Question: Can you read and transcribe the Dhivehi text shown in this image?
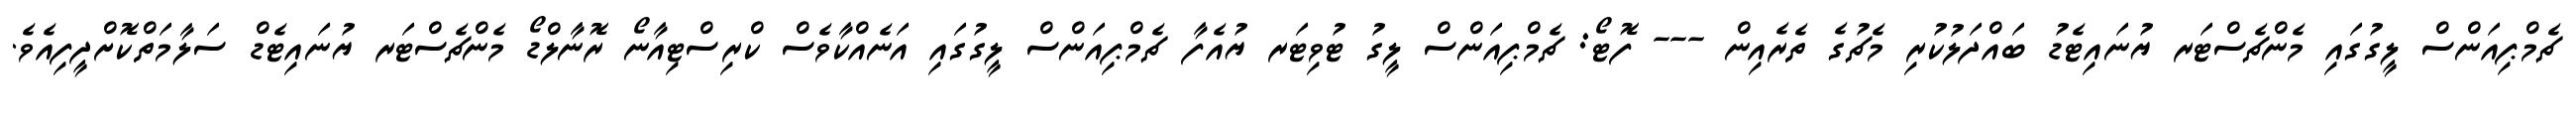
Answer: ޗެމްޕިއަންސް ލީގުގައި މެންޗެސްޓަރ ޔުނައިޓެޑު ބައްދަލުކުރި މެޗުގެ ތެރެއިން --- ފޮޓޯ: ޗެމްޕިއަންސް ލީގު ޓުވިޓަރ ޔުއެފާ ޗެމްޕިއަންސް ލީގުގައި އަނެއްކާވެސް ކްރިސްޓިއާނޯ ރޮނާލްޑޯ މެންޗެސްޓަރ ޔުނައިޓެޑް ސަލާމަތްކޮށްދީފިއެވެ.